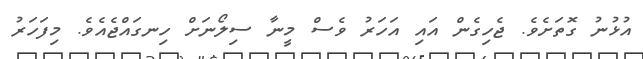
އުޅުނު ގޮތަށެވެ. ޖެހިގެން އައި އަހަރު ވެސް މީނާ ސިލޯނަށް ހިނގައްޖެއެވެ. މިފަހަރު